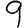
Digit: 9